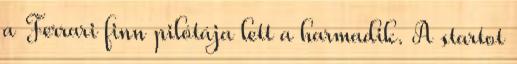
a Ferrari finn pilótája lett a harmadik. A startot